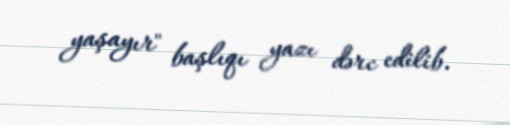
yaşayır" başlıqı yazı dərc edilib.